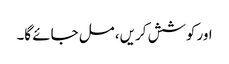
اور کوشش کریں، مل جائے گا۔